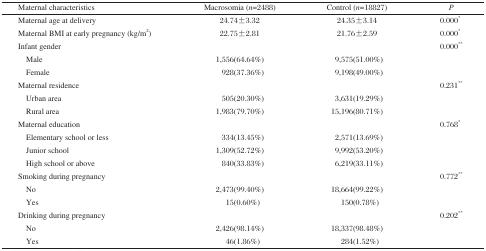
<table><thead><tr><td><b>Maternal characteristics</b></td><td><b>Macrosomia (<i>n</i> =2488)</b></td><td><b>Control (<i>n</i>=18827)</b></td><td><b><i>P</i></b></td></tr></thead><tbody><tr><td>Maternal age at delivery</td><td>24.74 ± 3.32</td><td>24.35 ± 3.14</td><td>0.000**</td></tr><tr><td>Maternal BMI at early pregnancy (kg/m<sup>2</sup>)</td><td>22.75 ± 2.81</td><td>21.76 ± 2.59</td><td>0.000**</td></tr><tr><td>Infant gender</td><td></td><td></td><td>0.000**</td></tr><tr><td> Male</td><td>1,556(64.64%)</td><td>9,575(51.00%)</td><td></td></tr><tr><td> Female</td><td>928(37.36%)</td><td>9,198(49.00%)</td><td></td></tr><tr><td>Maternal residence</td><td></td><td></td><td>0.231**</td></tr><tr><td> Urban area</td><td>505(20.30%)</td><td>3,631(19.29%)</td><td></td></tr><tr><td> Rural area</td><td>1,983(79.70%)</td><td>15,196(80.71%)</td><td></td></tr><tr><td>Maternal education</td><td></td><td></td><td>0.768**</td></tr><tr><td> Elementary school or less</td><td>334(13.45%)</td><td>2,571(13.69%)</td><td></td></tr><tr><td> Junior school</td><td>1,309(52.72%)</td><td>9,992(53.20%)</td><td></td></tr><tr><td> High school or above</td><td>840(33.83%)</td><td>6,219(33.11%)</td><td></td></tr><tr><td>Smoking during pregnancy</td><td></td><td></td><td>0.772**</td></tr><tr><td> No</td><td>2,473(99.40%)</td><td>18,664(99.22%)</td><td></td></tr><tr><td> Yes</td><td>15(0.60%)</td><td>150(0.78%)</td><td></td></tr><tr><td>Drinking during pregnancy</td><td></td><td></td><td>0.202**</td></tr><tr><td> No</td><td>2,426(98.14%)</td><td>18,337(98.48%)</td><td></td></tr><tr><td> Yes</td><td>46(1.86%)</td><td>284(1.52%)</td><td></td></tr></tbody></table>